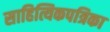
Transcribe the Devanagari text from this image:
साहित्यिकपत्रिका